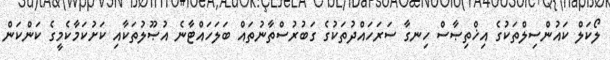
ލޯކަލް ކައުންސިލްތަކުގެ އިޚްތިޞާސް ހިނގާ ސަރަހައްދުތަކުގެ ގަބުރުސްތާނުތައް ބަލަހައްޓާނެ އުޞޫލުތަކާއި ކަށުކަމާކެމީގެ ކަންކަން